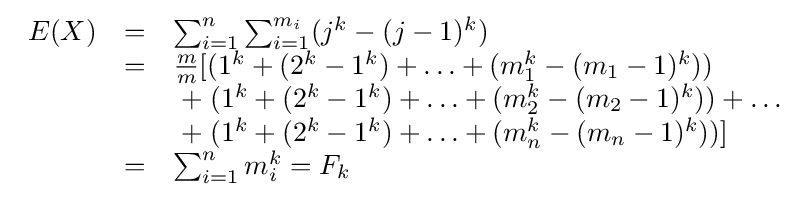
{\begin{array}{lll}E(X)&=&\sum _{i=1}^{n}\sum _{i=1}^{m_{i}}(j^{k}-(j-1)^{k})\\&=&{\frac {m}{m}}[(1^{k}+(2^{k}-1^{k})+\ldots +(m_{1}^{k}-(m_{1}-1)^{k}))\\&&\;+\;(1^{k}+(2^{k}-1^{k})+\ldots +(m_{2}^{k}-(m_{2}-1)^{k}))+\ldots \\&&\;+\;(1^{k}+(2^{k}-1^{k})+\ldots +(m_{n}^{k}-(m_{n}-1)^{k}))]\\&=&\sum _{i=1}^{n}m_{i}^{k}=F_{k}\end{array}}